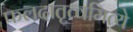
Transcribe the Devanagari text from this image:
फलदातृत्वमित्ये